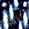
هل